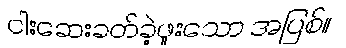
ငါးဆေးခတ်ခဲ့ဖူးသော အပြစ်။